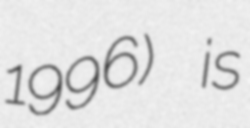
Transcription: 1996) is